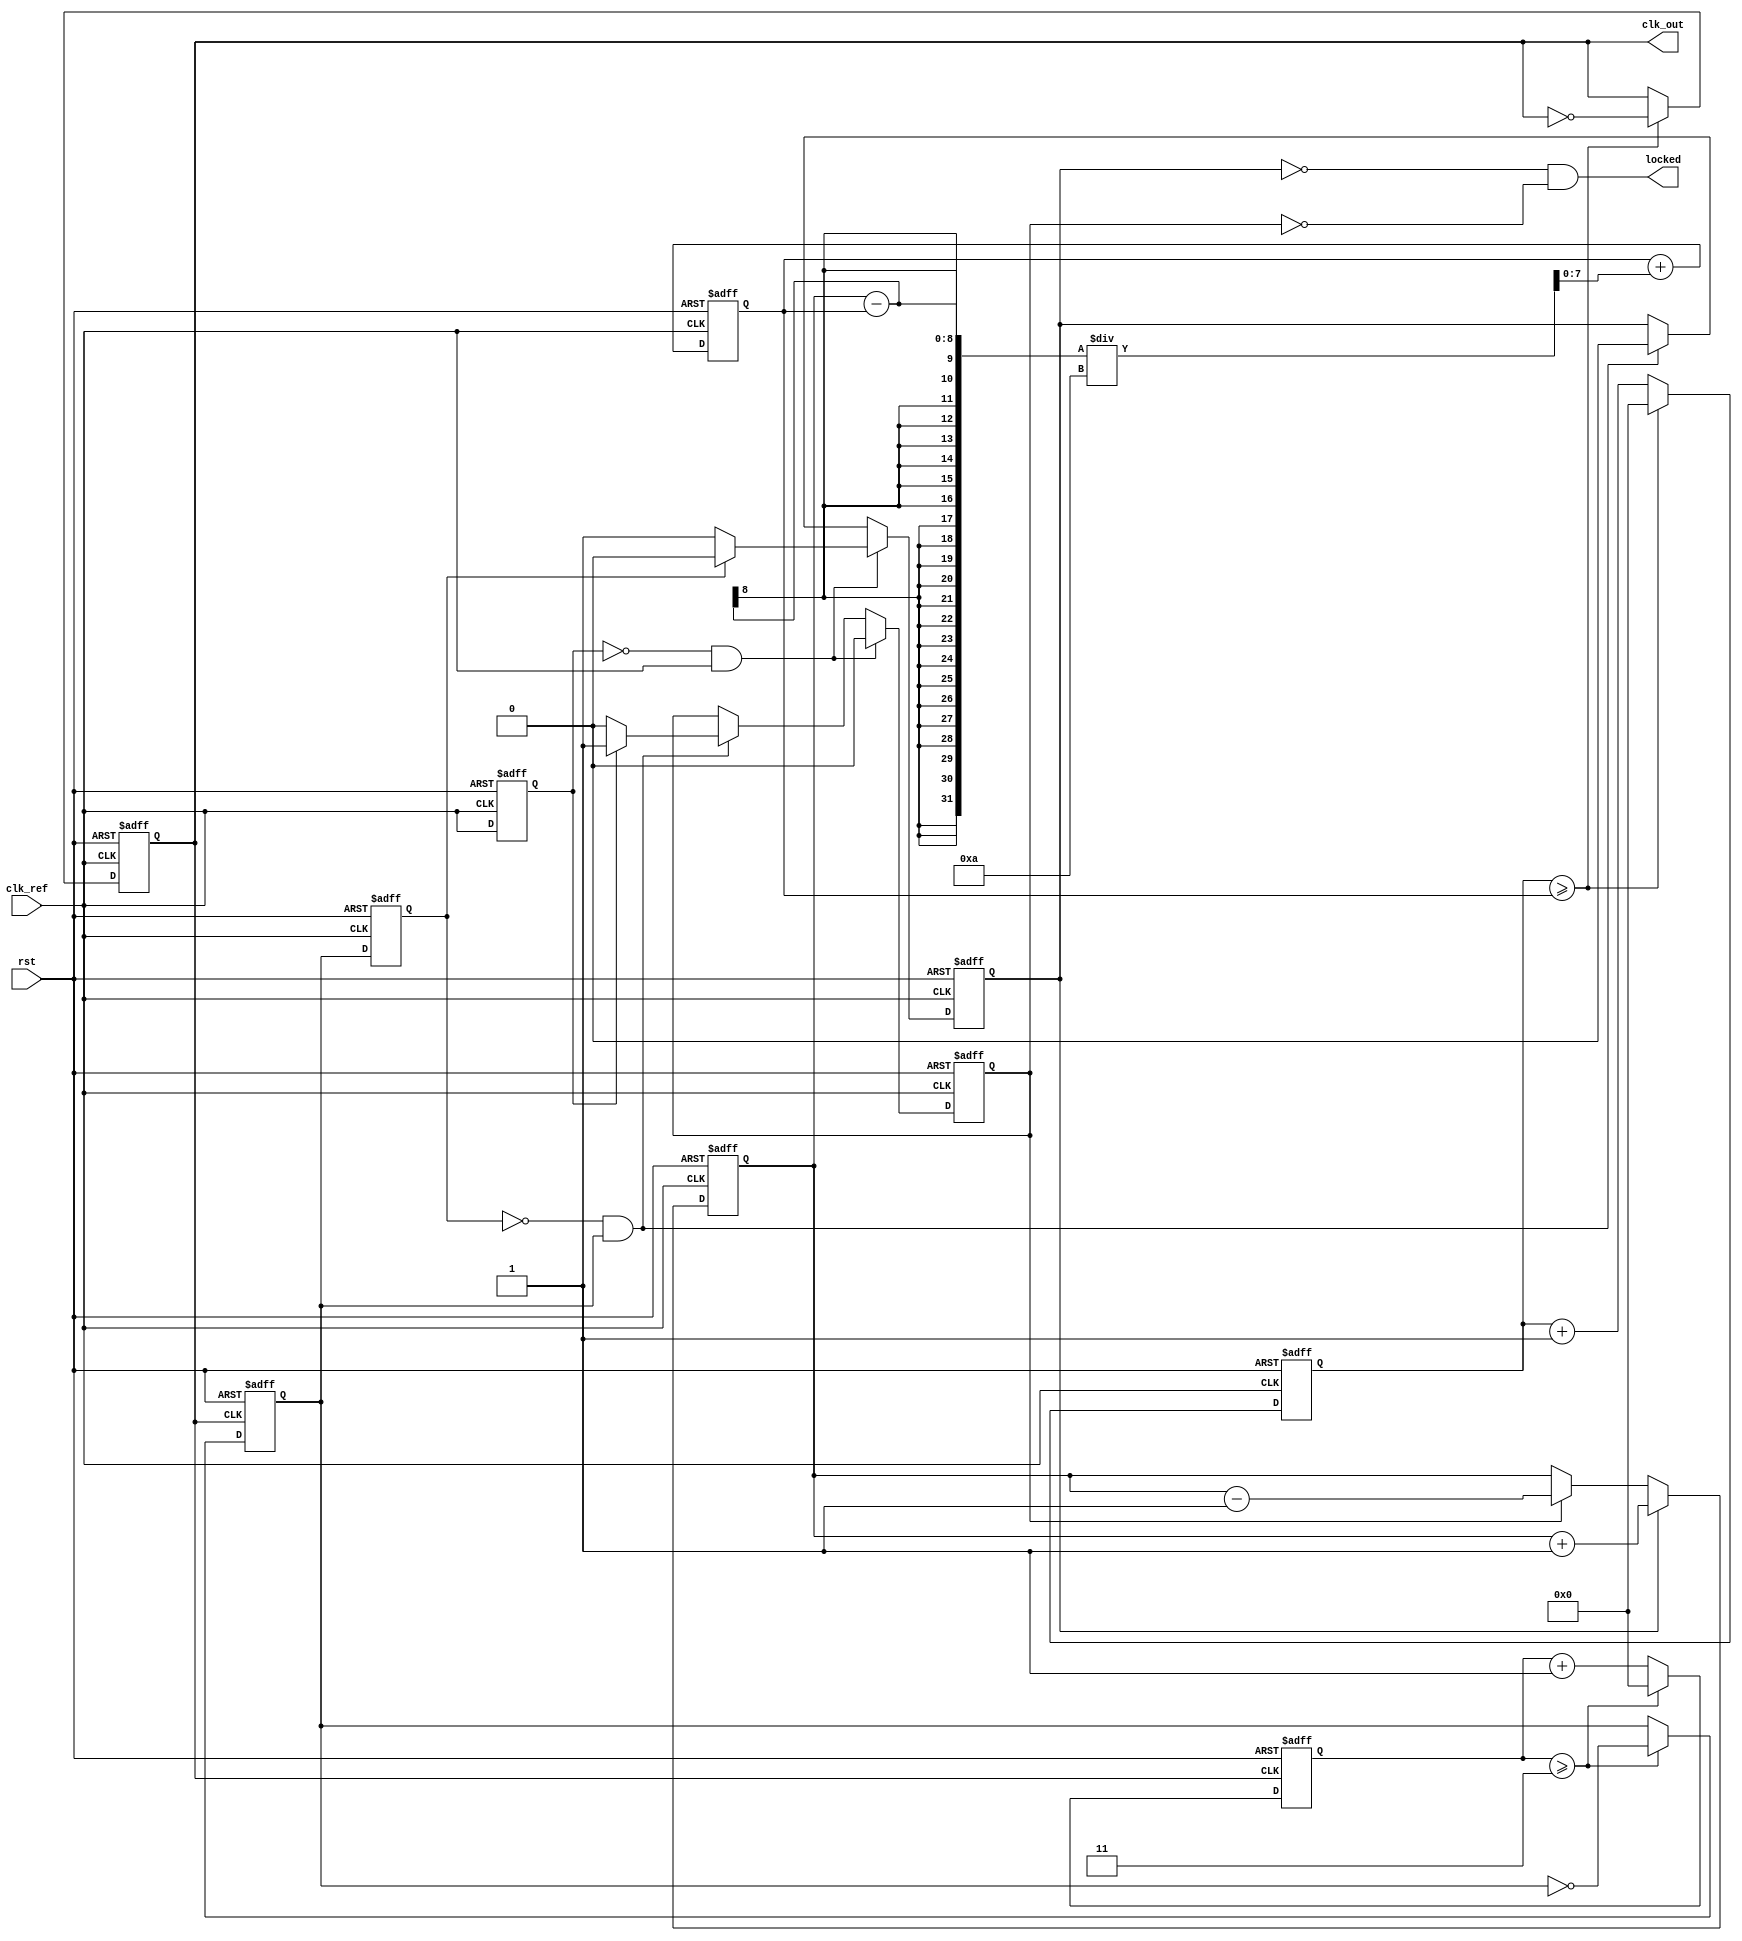
module integer_n_pll (
    input wire clk_ref,           // Reference clock input
    input wire rst,               // Reset signal
    output wire clk_out,          // Output clock
    output wire locked            // Lock indicator
);

    // Parameters
    parameter N = 4;              // Division factor
    parameter CP_CURRENT = 1;     // Charge pump current
    parameter LF_RC = 10;          // Loop filter time constant

    // PFD signals
    reg pfd_up, pfd_down;
    reg pfd_last_clk_ref;
    reg pfd_last_clk_fb;

    // Charge Pump and Loop Filter signals
    reg [7:0] cp_output;           // Charge pump output voltage
    reg [7:0] loop_filter;         // Loop filter output voltage
    wire [7:0] vco_control;        // VCO control voltage

    // VCO output
    reg clk_vco;
    reg [3:0] vco_counter;

    // Frequency Divider
    reg [3:0] divider_counter;
    reg clk_fb;

    // PFD Logic
    always @(posedge clk_ref or posedge rst) begin
        if (rst) begin
            pfd_up <= 0;
            pfd_down <= 0;
            pfd_last_clk_ref <= 0;
            pfd_last_clk_fb <= 0;
        end else begin
            if (pfd_last_clk_ref == 0 && clk_ref == 1) begin
                // Rising edge of reference clock
                if (pfd_last_clk_fb) begin
                    pfd_up <= 0;
                    pfd_down <= 0;
                end else begin
                    pfd_up <= 1; // VCO is slow
                    pfd_down <= 0;
                end
            end else if (pfd_last_clk_fb == 0 && clk_fb == 1) begin
                // Rising edge of feedback clock
                if (pfd_last_clk_ref) begin
                    pfd_down <= 1; // VCO is fast
                    pfd_up <= 0;
                end else begin
                    pfd_up <= 0;
                    pfd_down <= 0;
                end
            end
            pfd_last_clk_ref <= clk_ref;
            pfd_last_clk_fb <= clk_fb;
        end
    end

    // Charge Pump Logic
    always @(posedge clk_ref or posedge rst) begin
        if (rst) begin
            cp_output <= 0;
        end else begin
            if (pfd_up) begin
                cp_output <= cp_output + CP_CURRENT;
            end else if (pfd_down) begin
                cp_output <= cp_output - CP_CURRENT;
            end
        end
    end

    // Loop Filter Logic (Simple RC Filter)
    always @(posedge clk_ref or posedge rst) begin
        if (rst) begin
            loop_filter <= 0;
        end else begin
            loop_filter <= loop_filter + (cp_output - loop_filter) / LF_RC;
        end
    end

    // VCO Logic
    always @(posedge clk_ref or posedge rst) begin
        if (rst) begin
            vco_counter <= 0;
            clk_vco <= 0;
        end else begin
            vco_counter <= vco_counter + 1;
            if (vco_counter >= loop_filter) begin
                clk_vco <= ~clk_vco;
                vco_counter <= 0;
            end
        end
    end

    // Frequency Divider Logic
    always @(posedge clk_vco or posedge rst) begin
        if (rst) begin
            divider_counter <= 0;
            clk_fb <= 0;
        end else begin
            divider_counter <= divider_counter + 1;
            if (divider_counter >= N-1) begin
                clk_fb <= ~clk_fb;
                divider_counter <= 0;
            end
        end
    end

    // Output clock and lock signal
    assign clk_out = clk_vco;
    assign locked = (pfd_up == 0) && (pfd_down == 0);

endmodule